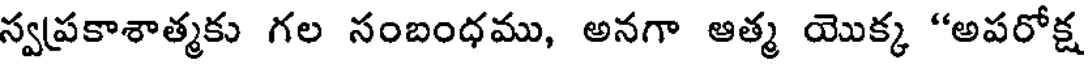
స్వప్రకాశాత్మకు గల సంబంధము, అనగా ఆత్మ యొక్క "అపరోక్ష